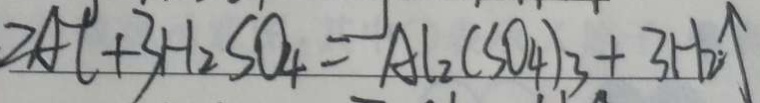
2 A C + 3 H _ { 2 } S O _ { 4 } = A l _ { 2 } ( S O _ { 4 } ) _ { 3 } + 3 H _ { 2 } \uparrow